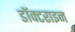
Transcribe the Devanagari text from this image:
डॉक्टराइन